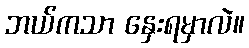
ဘယ်ကသာ နှေးရမှာလဲ။